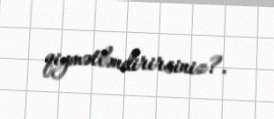
qiymətləndirirsiniz?.